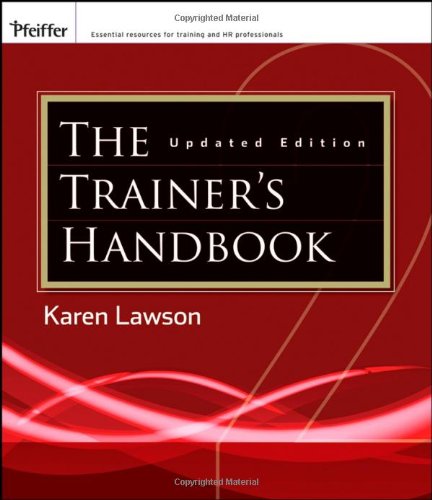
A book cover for The Trainer's Handbook; Karen Lawson; Business & Money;